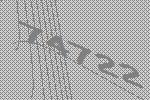
74722